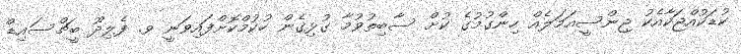
ކުޑަކުއްޖަކާއެކު ޖިންސީއަމަލެއް ހިންގުމުގެ ކުށް ސާބިތުވުމާ ގުޅިގެން ހުކުމްކޮށްފައިވަނީ ވ. ފެލިދޫ ބީޗްސައިޑް